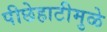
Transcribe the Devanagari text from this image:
पीछेहाटीमुळे